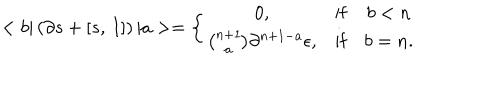
LaTeX: < b | \left( \partial s + \left[ s , \, I \right] \right) | a > = \left\{ \begin{array} { c c c } { { 0 , } } & { { \mathrm { i f } } } & { { b < n } } \\ { { { \binom { n + 1 } { a } } \partial ^ { n + 1 - a } \epsilon , } } & { { \mathrm { i f } } } & { { b = n . } } \\ \end{array} \right.